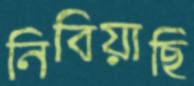
নিবিয়াছি